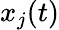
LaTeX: x_{j}(t)